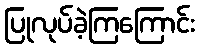
ပြုလုပ်ခဲ့ကြကြောင်း